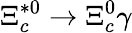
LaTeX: \Xi_{c}^{*0}\to\Xi_{c}^{0}\gamma